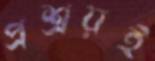
প্রশ্রয়ই